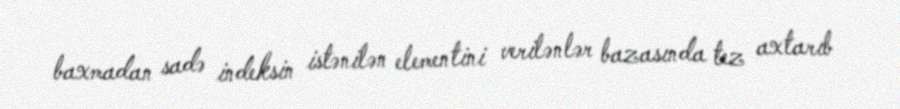
baxmadan sadə indeksin istənilən elementini verilənlər bazasında tez axtarıb